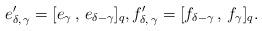
LaTeX: \begin{align*}e'_{\delta, \, \gamma} = [e_\gamma \, , \, e_{\delta - \gamma}]_q, f'_{\delta, \, \gamma} = [f_{\delta - \gamma} \, , \, f_{\gamma}]_q. \end{align*}